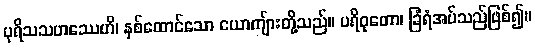
ပုရိသသဟဿေဟိ၊ နှစ်ထောင်သော ယောကျ်ားတို့သည်။ ပရိဝုတော၊ ခြံရံအပ်သည်ဖြစ်၍။